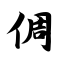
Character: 倜